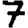
Digit: 7